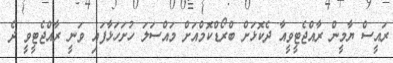
ރައީސް ޔާމީން ރާއްޖެޓީވީއާ ދެކޮޅަށް ބްރޯޑްކޮމްއަށް މައްސަލަ ހުށަހަޅާފައި ވަނީ ރާއްޖެޓީވީ ދެ